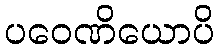
ပဝေဏိယောပိ